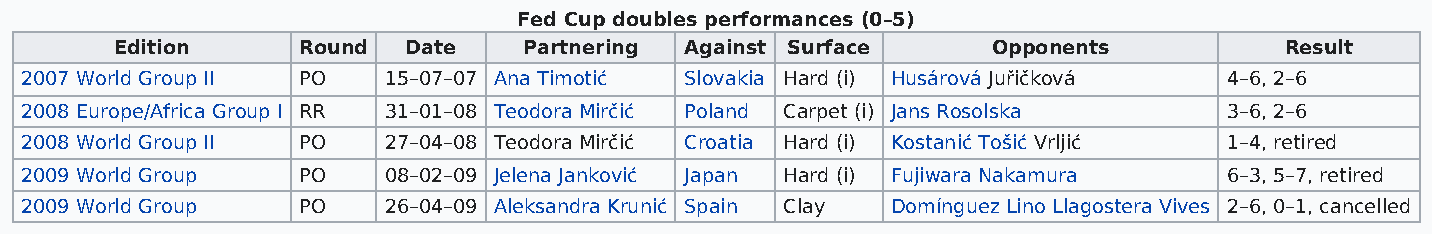
Fed Cup doubles performances (0–5)
 Edition     Round  Date    Partnering Against Surface     Opponents          Result
 2007 World Group II PO  15–07–07 Ana Timotić Slovakia Hard (i) Husárová Juřičková 4–6, 2–6
 2008 Europe/Africa Group I RR 31–01–08 Teodora Mirčić Poland Carpet (i) Jans Rosolska 3–6, 2–6
 2008 World Group II PO  27–04–08 Teodora Mirčić Croatia Hard (i) Kostanić Tošić Vrljić 1–4, retired
 2009 World Group   PO   08–02–09 Jelena Janković Japan Hard (i) Fujiwara Nakamura 6–3, 5–7, retired
 2009 World Group   PO   26–04–09 Aleksandra Krunić Spain Clay Domínguez Lino Llagostera Vives 2–6, 0–1, cancelled